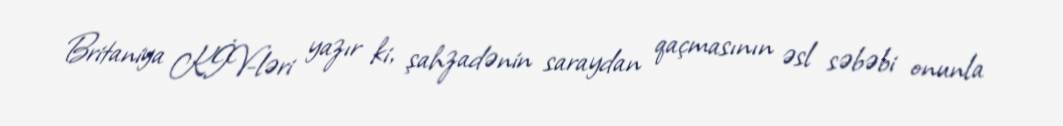
Britaniya KİV-ləri yazır ki, şahzadənin saraydan qaçmasının əsl səbəbi onunla